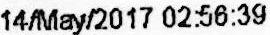
14/MAY/2017 02:56:39